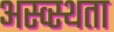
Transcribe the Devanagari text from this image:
अस्व्स्थता